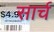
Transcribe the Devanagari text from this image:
सार्च